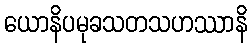
ယောနိပမုခသတသဟဿာနိ